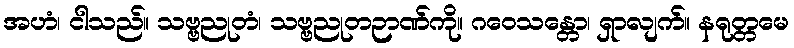
အဟံ၊ ငါသည်။ သဗ္ဗညုတံ၊ သဗ္ဗညုတဉာဏ်ကို။ ဂဝေသန္တော၊ ရှာလျက်။ နရုတ္တမေ